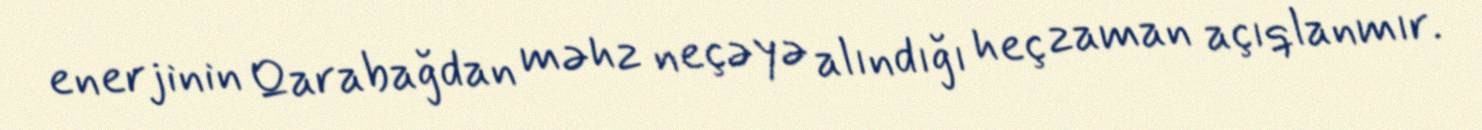
enerjinin Qarabağdan məhz neçəyə alındığı heç zaman açıqlanmır.